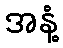
အနံ့